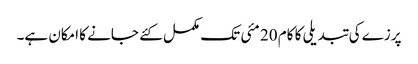
پرزے کی تبدیلی کا کام 20 مئی تک مکمل کئے جانے کا امکان ہے۔